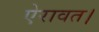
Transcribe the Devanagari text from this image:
ऐरावत।